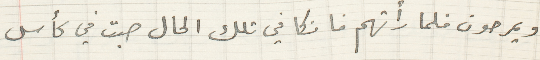
ويمرحون فلما رأتهم فانكا في تلك الحال صبت في كأس